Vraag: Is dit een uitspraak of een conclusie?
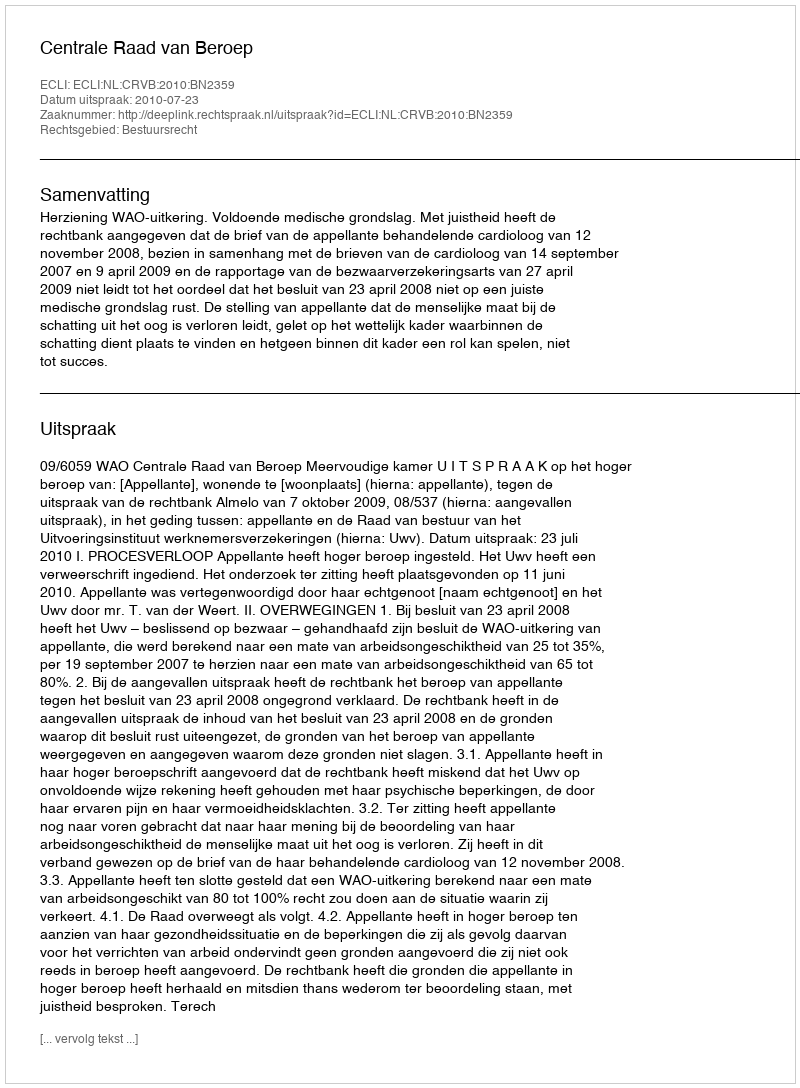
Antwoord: Uitspraak